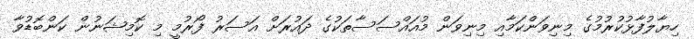
ހިޔާލުފާޅުކުރުމުގެ މިނިވަންކަމާއި މިނިވަން މުއައްސަސާތަކުގެ ދައުރަށް އަސަރު ފޯރުމީ މި ކޮމިޝަނުން ކަންބޮޑުވާ